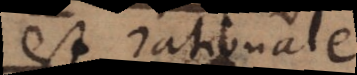
est rationale.